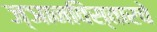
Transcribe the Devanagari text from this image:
ज्ञानविस्तारचे